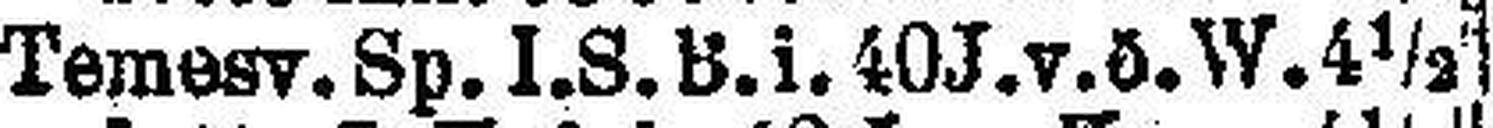
Temesy. Sp. I. S. B. i. 40 J. v. ö. W. 4½